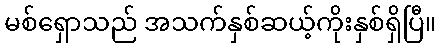
မစ်ရှောသည် အသက်နှစ်ဆယ့်ကိုးနှစ်ရှိပြီ။